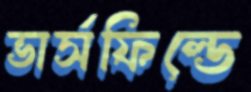
ভার্সফিল্ডে